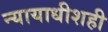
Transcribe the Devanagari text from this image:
न्यायाधीशही